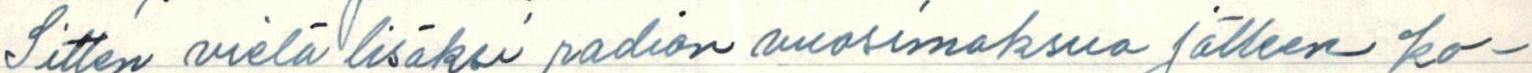
Sitten vielä lisäksi radion vuosimaksua jälleen ko-